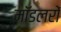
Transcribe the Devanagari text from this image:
मॉडलरों